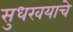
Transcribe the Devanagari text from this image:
सुधरवयाचे